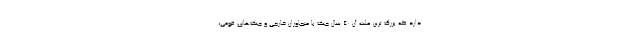
دارد که بزرگ ترین علت آن 40 سال جنگ با متجاوزان خارجی و جنگ‌های قومی،